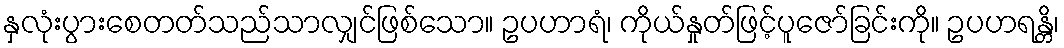
နှလုံးပွားစေတတ်သည်သာလျှင်ဖြစ်သော။ ဥပဟာရံ၊ ကိုယ်နှုတ်ဖြင့်ပူဇော်ခြင်းကို။ ဥပဟရန္တိ၊